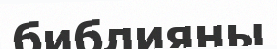
библияны